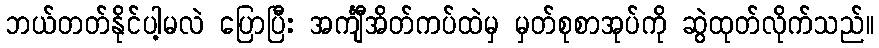
ဘယ်တတ်နိုင်ပါ့မလဲ ပြောပြီး အင်္ကျီအိတ်ကပ်ထဲမှ မှတ်စုစာအုပ်ကို ဆွဲထုတ်လိုက်သည်။